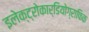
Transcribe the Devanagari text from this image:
इलेक्ट्रोकार्डियोग्राफिक